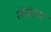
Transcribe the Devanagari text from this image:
लैब्रेडार